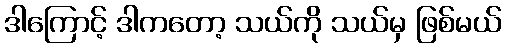
ဒါကြောင့် ဒါကတော့ သယ်ကို သယ်မှ ဖြစ်မယ်